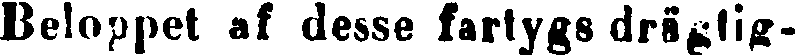
Beloppet af desse fartygs drägtig-